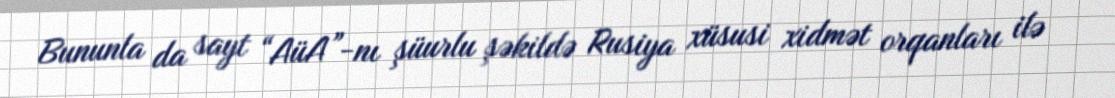
Bununla da sayt “AüA”-nı şüurlu şəkildə Rusiya xüsusi xidmət orqanları ilə